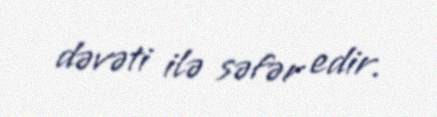
dəvəti ilə səfər edir.